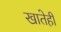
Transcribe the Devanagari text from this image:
खातेही